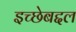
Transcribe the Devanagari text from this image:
इच्छेबद्दल